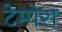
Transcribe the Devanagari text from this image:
टेम्पेरा